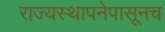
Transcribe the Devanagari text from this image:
राज्यस्थापनेपासूनच